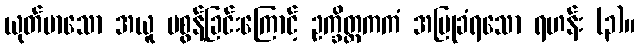
ယုတ်မာသော အယူ မစွန့်ခြင်းကြောင့် ဥက္ခိတ္တကကံ အပြုခံရသော ရဟန်း (၃)။